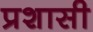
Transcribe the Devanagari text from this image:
प्रशासी